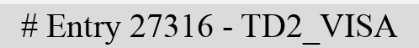
# Entry 27316 - TD2_VISA